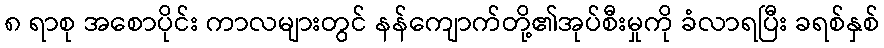
၈ ရာစု အစောပိုင်း ကာလများတွင် နန်ကျောက်တို့၏အုပ်စီးမှုကို ခံလာရပြီး ခရစ်နှစ်